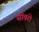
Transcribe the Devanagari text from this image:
सांवरी